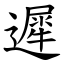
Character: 遲